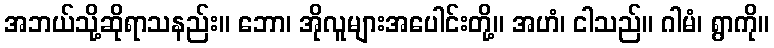
အဘယ်သို့ဆိုရာသနည်း။ ဘော၊ အိုလူများအပေါင်းတို့။ အဟံ၊ ငါသည်။ ဂါမံ၊ ရွာကို။